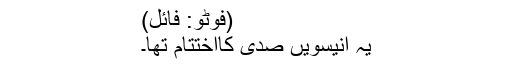
(فوٹو: فائل)
یہ انیسویں صدی کااختتام تھا۔